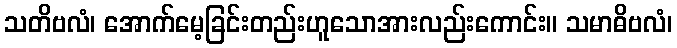
သတိဗလံ၊ အောက်မေ့ခြင်းတည်းဟူသောအားလည်းကောင်း။ သမာဓိဗလံ၊